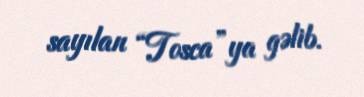
sayılan “Tosca”ya gəlib.